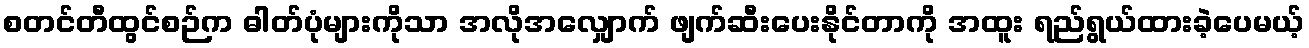
စတင်တီထွင်စဉ်က ဓါတ်ပုံများကိုသာ အလိုအလျှောက် ဖျက်ဆီးပေးနိုင်တာကို အထူး ရည်ရွယ်ထားခဲ့ပေမယ့်